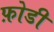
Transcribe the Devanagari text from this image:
फ़ोडी